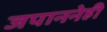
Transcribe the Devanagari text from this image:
जपाननेही